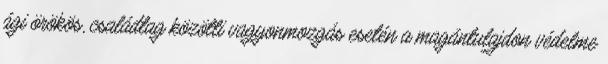
ági örökös, családtag közötti vagyonmozgás esetén a magántulajdon védelme